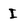
Character: I